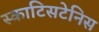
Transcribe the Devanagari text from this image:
स्काटिसटेनिस